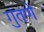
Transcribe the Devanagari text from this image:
गुंतणे